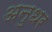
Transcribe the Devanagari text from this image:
अनुधर